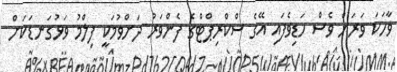
ވާހަކަ ވަރަށް ވެސް ހަޑިވެފައި އޭގެ ސްކްރިޕްޓްގެ ފެންވަރު ދަށްވުމަކީ ފިލްމު ވަޅުގަނޑަކަށް